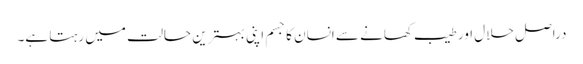
دراصل حلال اور طیب کھانے سے انسان کا جسم اپنی بہترین حالت میں رہتا ہے۔